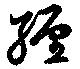
纏